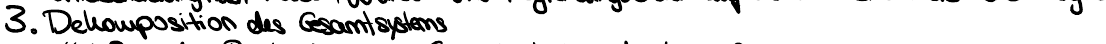
3. Dekomposition des Gesamtsystems